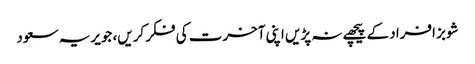
شوبز افراد کے پیچھے نہ پڑیں اپنی آخرت کی فکر کریں، جویریہ سعود